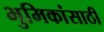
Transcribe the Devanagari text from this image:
भुमिकांसाठी